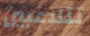
تتلاعبين